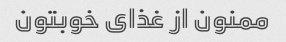
ممنون از غذای خوبتون